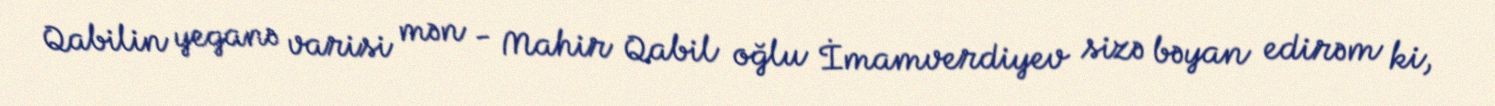
Qabilin yeganə varisi mən - Mahir Qabil oğlu İmamverdiyev sizə bəyan edirəm ki,